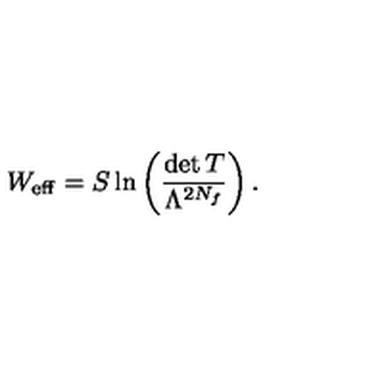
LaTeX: W _ { \mathrm { e f f } } = S \ln \left( \frac { \det T } { \Lambda ^ { 2 N _ { f } } } \right) .